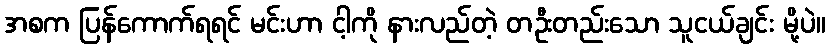
အစက ပြန်ကောက်ရရင် မင်းဟာ ငါ့ကို နားလည်တဲ့ တဦးတည်းသော သူငယ်ချင်း မို့ပဲ။